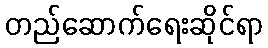
တည်ဆောက်ရေးဆိုင်ရာ